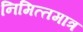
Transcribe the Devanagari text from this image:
निमित्‍तमात्र